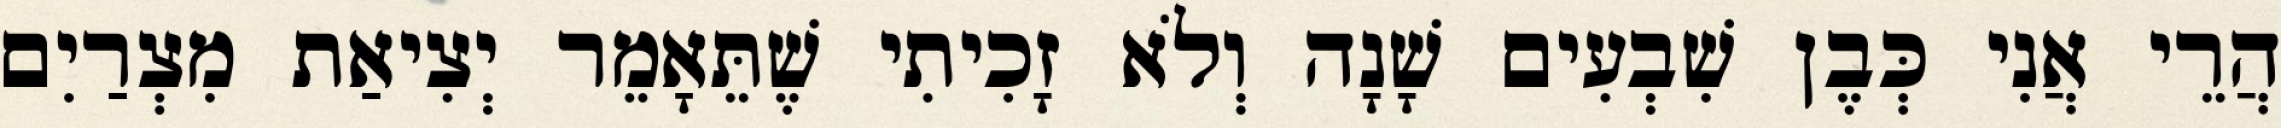
הֲרֵי אֲנִי כְּבֶן שִׁבְעִים שָׁנָה וְלֹא זָכִיתִי שֶׁתֵּאָמֵר יְצִיאַת מִצְרַיִם